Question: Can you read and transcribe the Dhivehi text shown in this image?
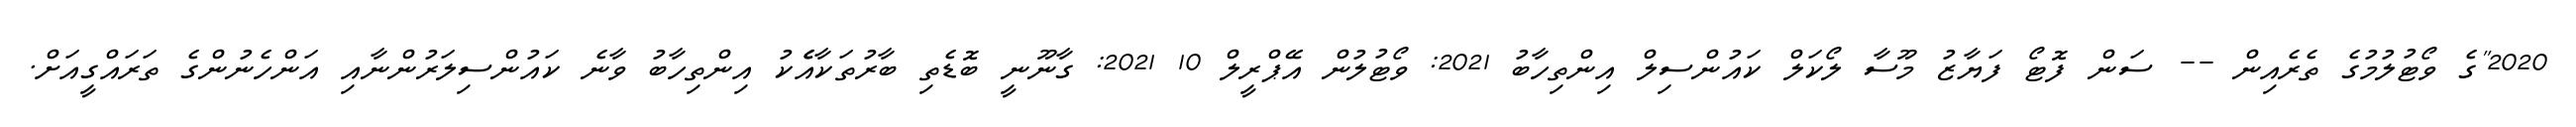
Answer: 2020"ގެ ވޯޓުލުމުގެ ތެރެއިން -- ސަން ފޮޓޯ ފަޔާޒު މޫސާ ލޯކަލް ކައުންސިލް އިންތިހާބު 2021: ވޯޓުލުން އޭޕްރީލް 10 2021: ގާނޫނީ ބޮޑެތި ބާރުތަކާއެެކު އިންތިހާބު ވާނެ ކައުންސިލަރުންނާއި އަންހެނުންގެ ތަރައްގީއަށް.